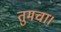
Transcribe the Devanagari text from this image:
तुमचा।